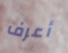
أعرف